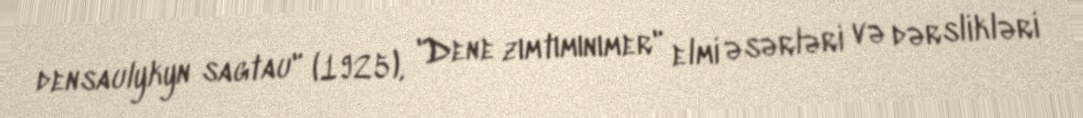
densaulykyn sagtau" (1925), "Dene zımtımınımer" elmi əsərləri və dərslikləri